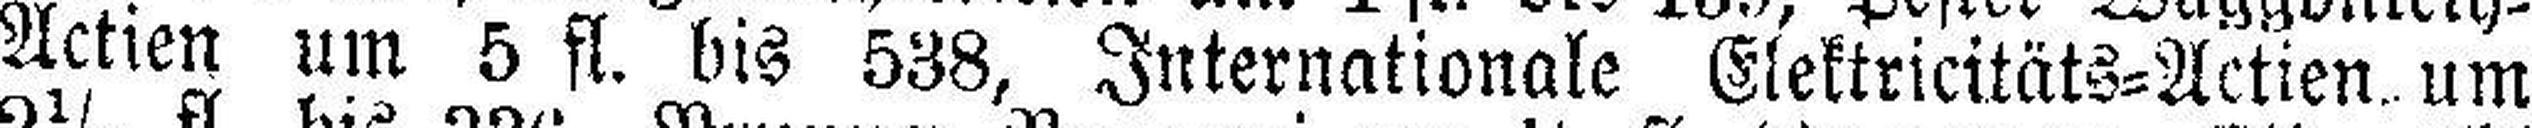
Actien um 5 fl. bis 538, Internationale Elektricitäts=Actien um